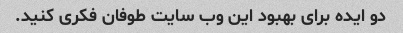
دو ایده برای بهبود این وب سایت طوفان فکری کنید.